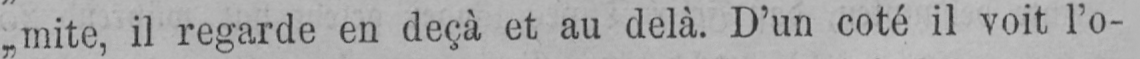
„mite, il regarde en deçà et au delà. D’un coté il voit l’o-